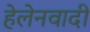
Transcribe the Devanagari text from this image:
हेलेनवादी